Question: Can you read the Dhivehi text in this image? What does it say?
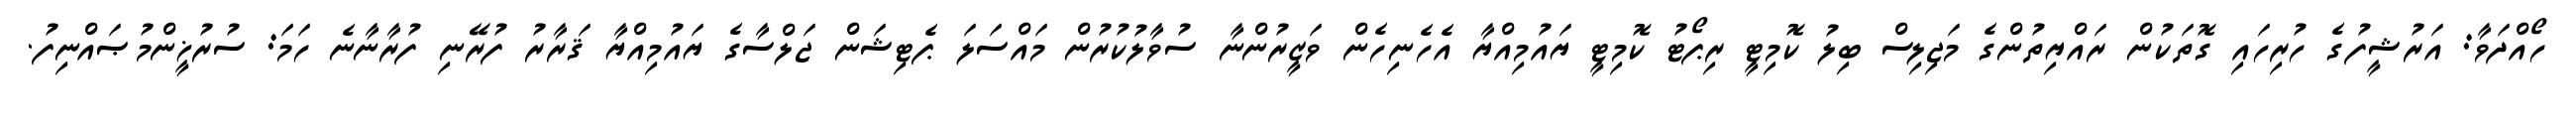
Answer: ހޯއްދަވާ: އަރުޝީފުގެ ހުރިހައި ގޮތަކުން ރައްޔިތުންގެ މަޖިލިސް ބިލު ކޮމިޓީ ރިޕޯޓު ކޮމިޓީ ޔައުމިއްޔާ އެހެނިހެން ވަޒީރުންނާ ސުވާލުކުރުން މައްސަލަ ޕެޓިޝަން ޖަލްސާގެ ޔައުމިއްޔާ ޤަރާރު ފުރޭނި ފުރާނާނެ ހަމަ: ސުރުޚީންމުޞައްނިފު.